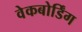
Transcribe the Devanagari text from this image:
वेकबोर्डिंग